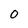
Character: 0